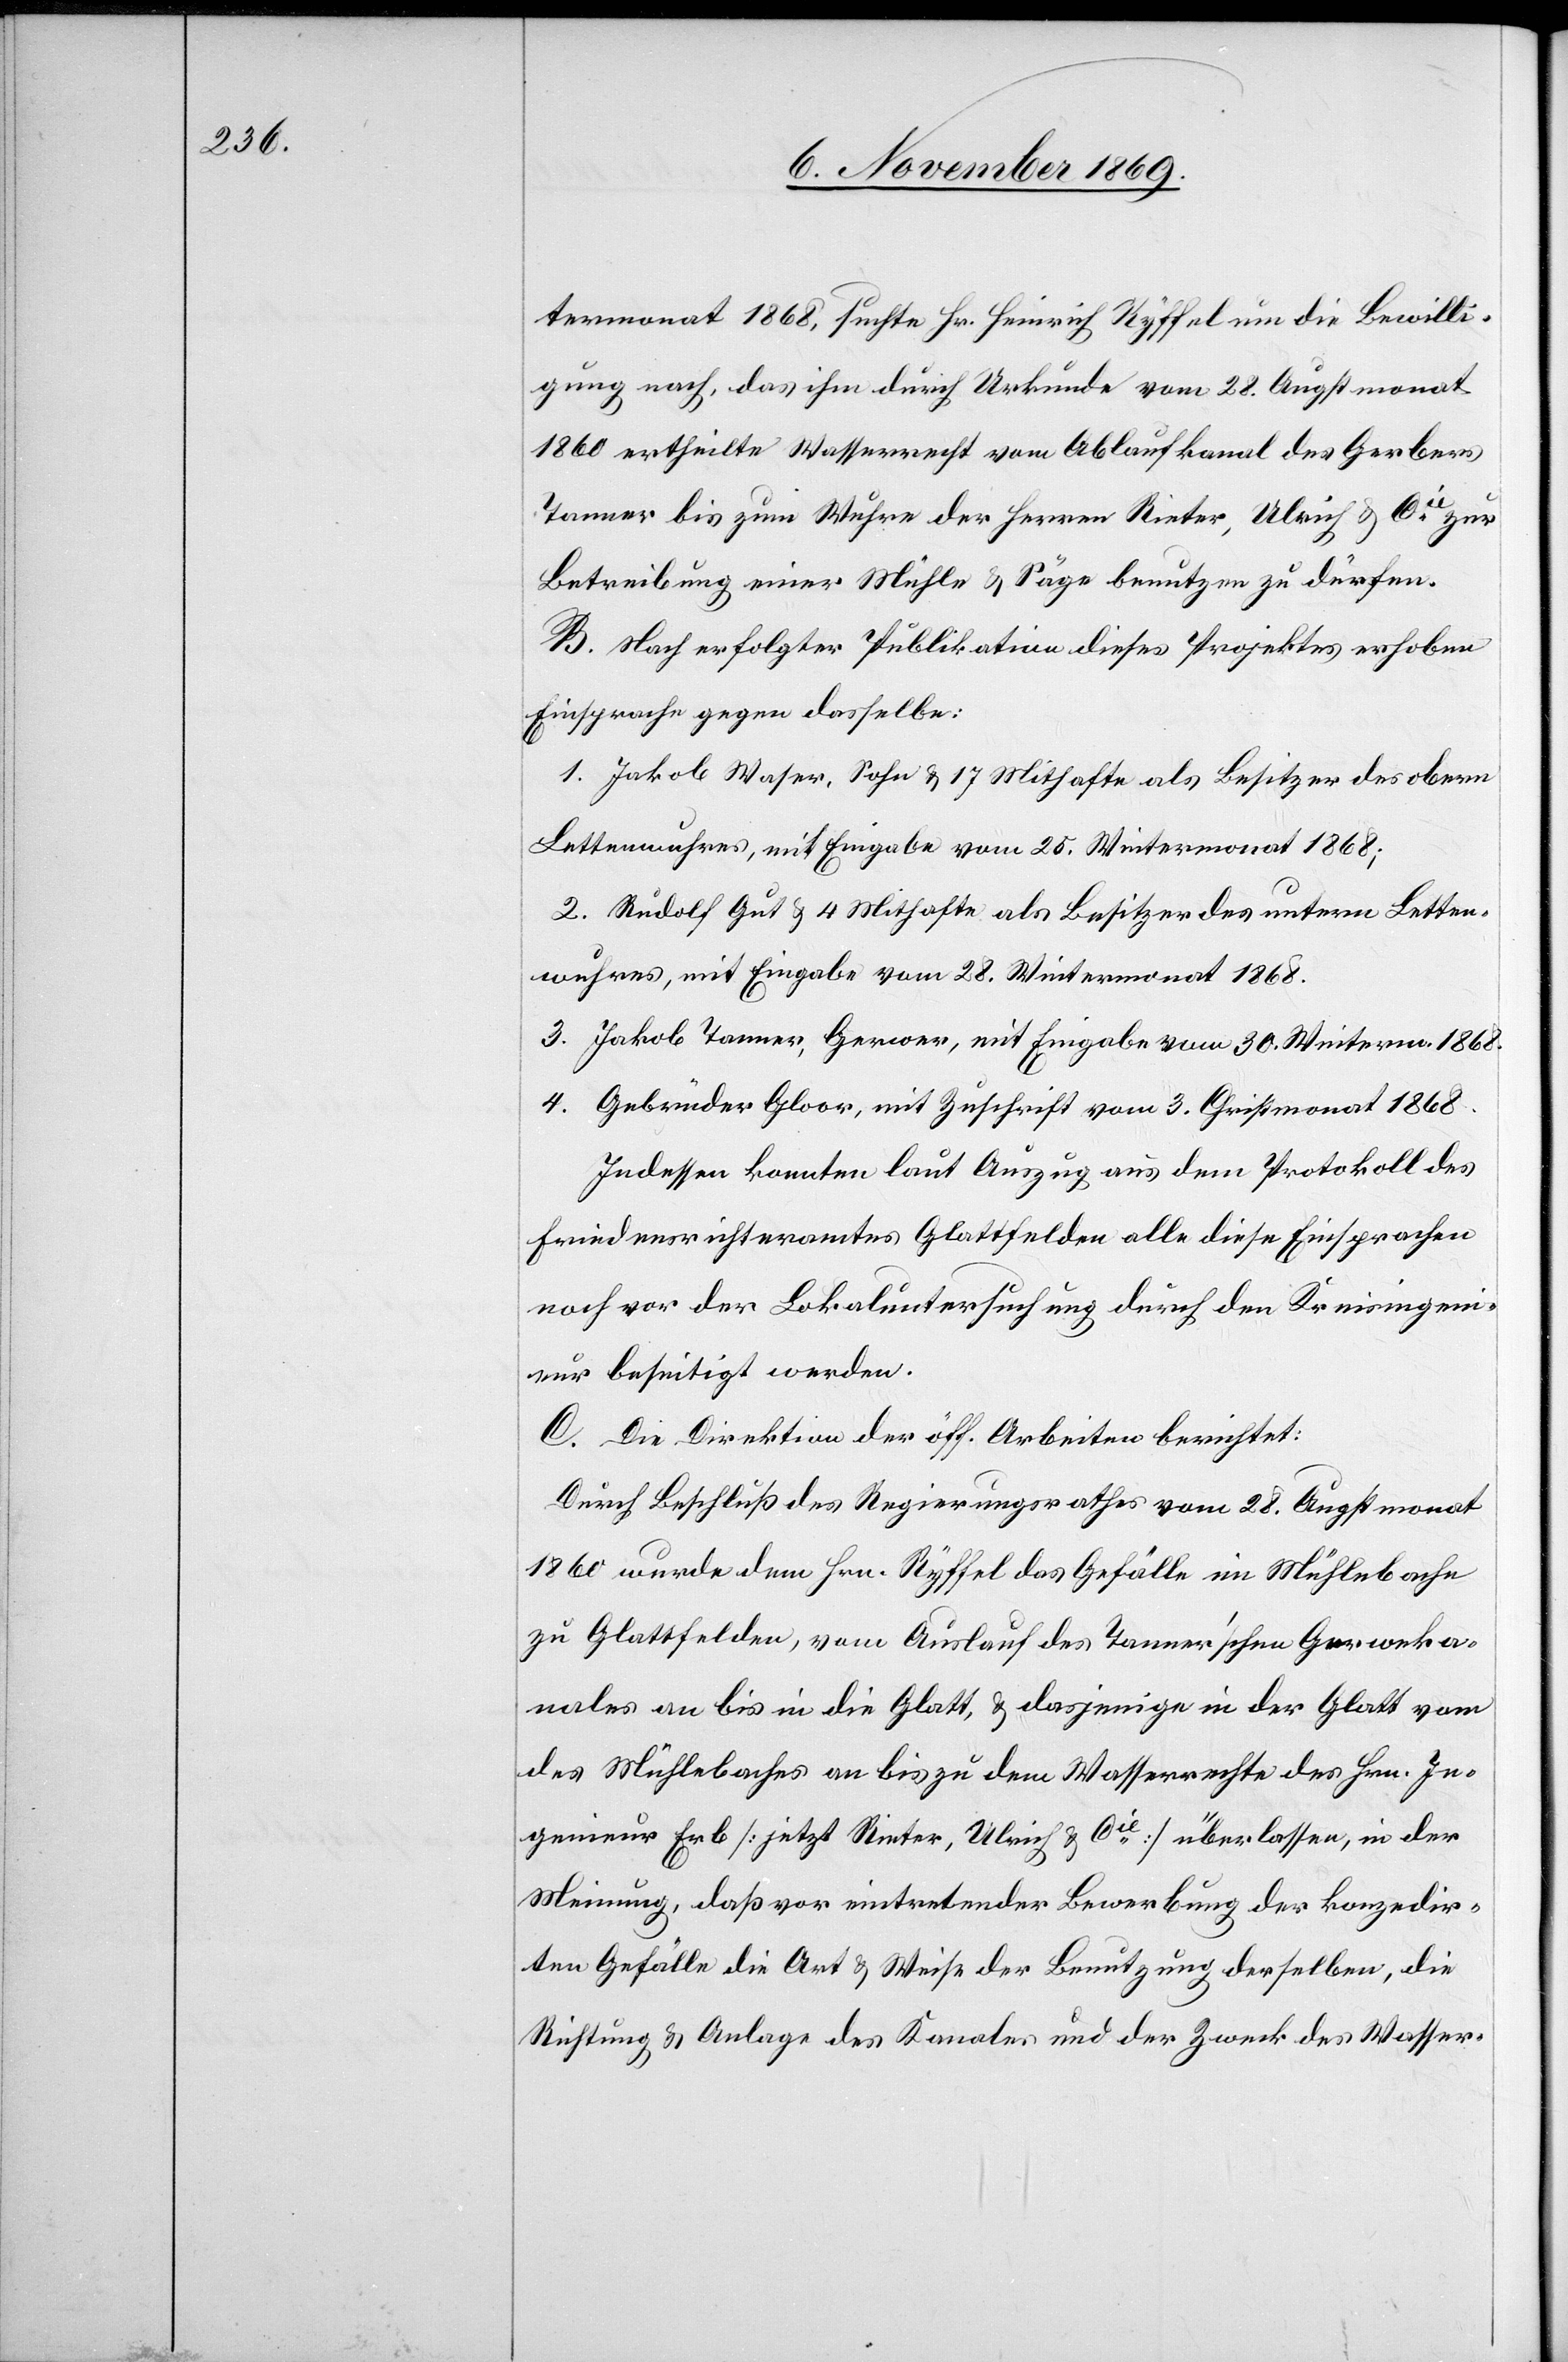
termonat 1868, suchte Hr. Heinrich Ryffel um die Bewilli¬
gung nach, das ihm durch Urkunde vom 28. Augstmonat
1860 ertheilte Wasserrecht vom Ablaufkanal des Gerbers
Tanner bis zum Wuhre der Herren Rieter, Ulrich & Cie zur
Betreibung einer Mühle & Säge benutzen zu dürfen.
B. Nach erfolgter Publikation dieses Projektes erhoben
Einsprache gegen dasselbe:
1. Jakob Waser, Sohn & 17 Mithafte als Besitzer des obern
Lettenwuhres, mit Eingabe vom 25. Wintermonat 1868;
2. Rudolf Gut & 4 Mithafte als Besitzer des untern Letten¬
wuhres, mit Eingabe vom 28. Wintermonat 1868.
3. Jakob Tanner, Gerwer, mit Eingabe vom 30. Winterm. 1868.
4. Gebrüder Gloor, mit Zuschrift vom 3. Christmonat 1868.
Indessen konnten laut Auszug aus dem Protokoll des
Friedensrichteramtes Glattfelden alle diese Einsprachen
noch vor der Lokaluntersuchung durch den Kreisingeni¬
eur beseitigt werden.
C. Die Direktion der öff. Arbeiten berichtet:
Durch Beschluß des Regierungsrathes vom 28. Augstmonat
1860 wurde dem Hrn. Ryffel das Gefälle im Mühlebache
zu Glattfelden, vom Auslauf des Tanner’schen Gerweka¬
nales an bis in die Glatt, & dasjenige in der Glatt vom
des Mühlebaches an bis zu dem Wasserrechte des Hrn. In¬
genieur Erb [jetzt Rieter, Ulrich & Cie] überlassen, in der
Meinung, das vor eintretender Bewerbung der konzedir¬
ten Gefälle die Art & Weise der Benutzung derselben, die
Richtung & Anlage des Kanales und der Zweck des Wasser-